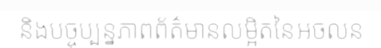
និងបច្ចុប្បន្នភាពព័ត៌មានលម្អិតនៃអចលន